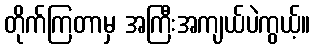
တိုက်ကြတာမှ အကြီးအကျယ်ပဲကွယ့်။